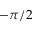
- \pi / 2